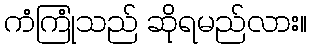
ကံကြုံသည် ဆိုရမည်လား။